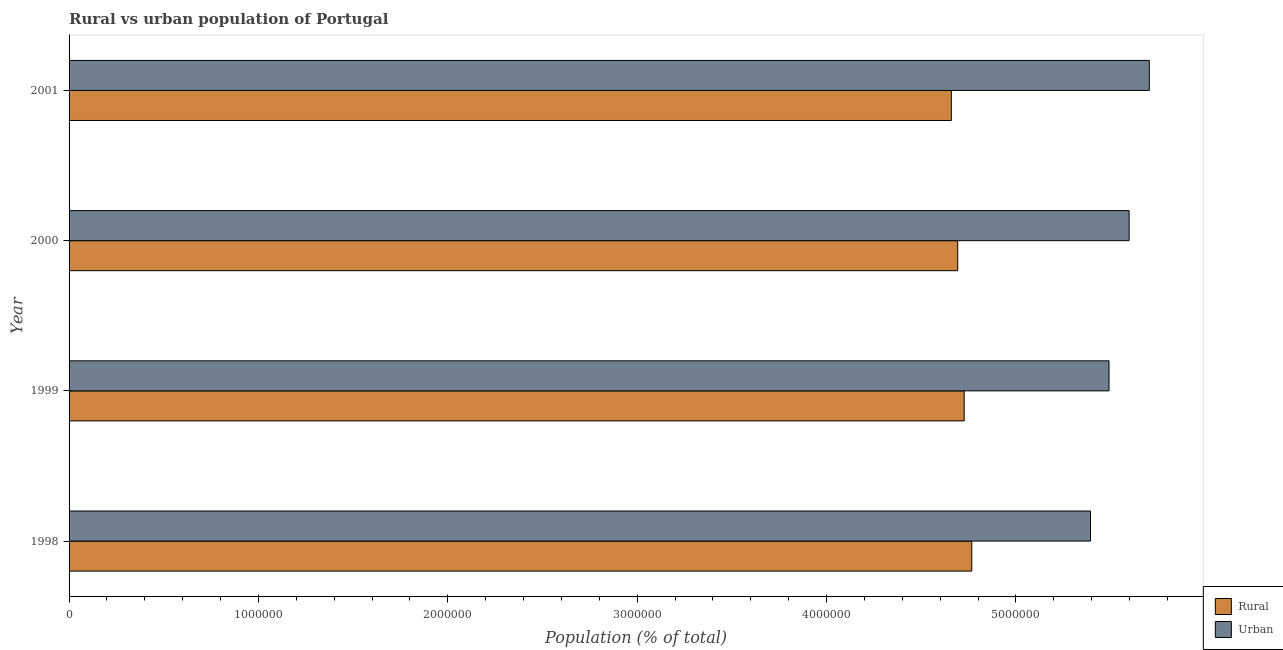
| Year | Rural | Urban |
 | --- | --- | --- |
 | 1998 | 4.77e+06 | 5.39e+06 |
 | 1999 | 4.73e+06 | 5.49e+06 |
 | 2000 | 4.69e+06 | 5.6e+06 |
 | 2001 | 4.66e+06 | 5.7e+06 |